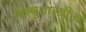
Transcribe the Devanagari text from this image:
विष्णुशास्त्रींना